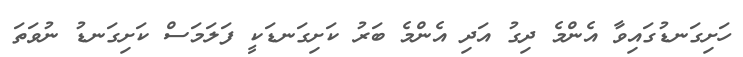
ހަށިގަނޑުގައިވާ އެންމެ ދިގު އަދި އެންމެ ބަރު ކަށިގަނޑަކީ ފަލަމަސް ކަށިގަނޑު ނުވަތަ